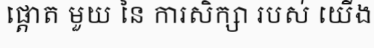
ផ្តោត មួយ នៃ ការសិក្សា របស់ យើង